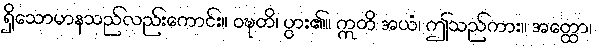
ရှိသောမာနသည်လည်းကောင်း။ ဝဍ္ဎတိ၊ ပွား၏။ ဣတိ အယံ၊ ဤသည်ကား။ အတ္ထော၊